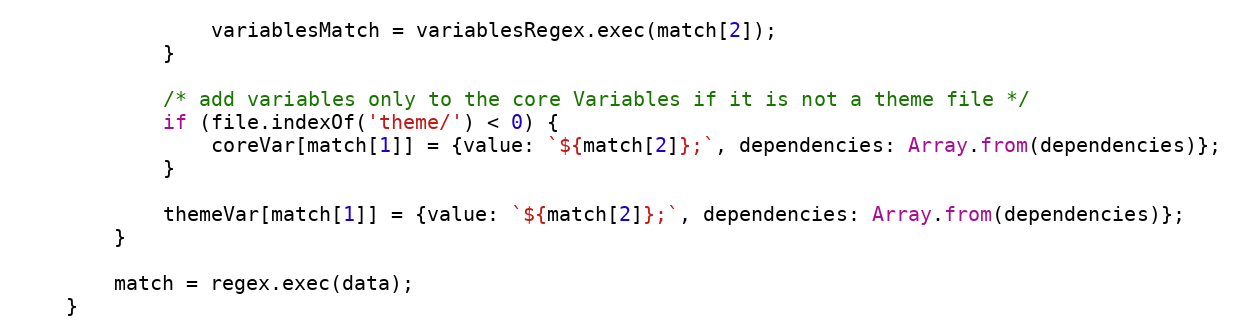
Language: JavaScript
                variablesMatch = variablesRegex.exec(match[2]);
            }

            /* add variables only to the core Variables if it is not a theme file */
            if (file.indexOf('theme/') < 0) {
                coreVar[match[1]] = {value: `${match[2]};`, dependencies: Array.from(dependencies)};
            }

            themeVar[match[1]] = {value: `${match[2]};`, dependencies: Array.from(dependencies)};
        }

        match = regex.exec(data);
    }